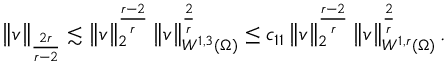
\left\lVert \boldsymbol { v } \right\rVert _ { \frac { 2 r } { r - 2 } } \lesssim \left\lVert \boldsymbol { v } \right\rVert _ { 2 } ^ { \frac { r - 2 } { r } } \left\lVert \boldsymbol { v } \right\rVert _ { W ^ { 1 , 3 } ( \Omega ) } ^ { \frac { 2 } { r } } \leq c _ { 1 1 } \left\lVert \boldsymbol { v } \right\rVert _ { 2 } ^ { \frac { r - 2 } { r } } \left\lVert \boldsymbol { v } \right\rVert _ { W ^ { 1 , r } ( \Omega ) } ^ { \frac { 2 } { r } } .